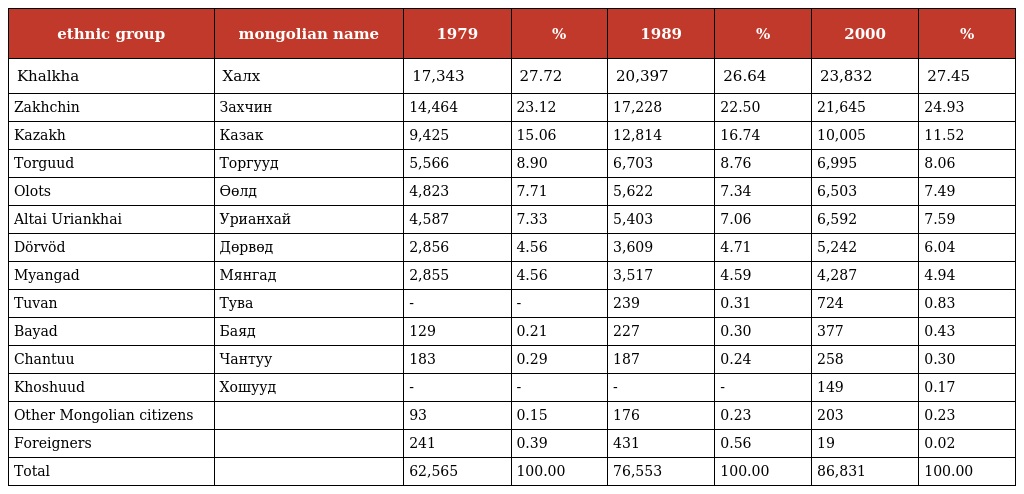
| ethnic group | mongolian name | 1979 | % | 1989 | % | 2000 | % |
 | --- | --- | --- | --- | --- | --- | --- | --- |
 | Khalkha | Халх | 17,343 | 27.72 | 20,397 | 26.64 | 23,832 | 27.45 |
 | Zakhchin | Захчин | 14,464 | 23.12 | 17,228 | 22.50 | 21,645 | 24.93 |
 | Kazakh | Казак | 9,425 | 15.06 | 12,814 | 16.74 | 10,005 | 11.52 |
 | Torguud | Торгууд | 5,566 | 8.90 | 6,703 | 8.76 | 6,995 | 8.06 |
 | Olots | Өөлд | 4,823 | 7.71 | 5,622 | 7.34 | 6,503 | 7.49 |
 | Altai Uriankhai | Урианхай | 4,587 | 7.33 | 5,403 | 7.06 | 6,592 | 7.59 |
 | Dörvöd | Дөрвөд | 2,856 | 4.56 | 3,609 | 4.71 | 5,242 | 6.04 |
 | Myangad | Мянгад | 2,855 | 4.56 | 3,517 | 4.59 | 4,287 | 4.94 |
 | Tuvan | Тува | - | - | 239 | 0.31 | 724 | 0.83 |
 | Bayad | Баяд | 129 | 0.21 | 227 | 0.30 | 377 | 0.43 |
 | Chantuu | Чантуу | 183 | 0.29 | 187 | 0.24 | 258 | 0.30 |
 | Khoshuud | Хошууд | - | - | - | - | 149 | 0.17 |
 | Other Mongolian citizens |  | 93 | 0.15 | 176 | 0.23 | 203 | 0.23 |
 | Foreigners |  | 241 | 0.39 | 431 | 0.56 | 19 | 0.02 |
 | Total |  | 62,565 | 100.00 | 76,553 | 100.00 | 86,831 | 100.00 |